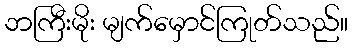
ဘကြီးမိုး မျက်မှောင်ကြုတ်သည်။